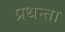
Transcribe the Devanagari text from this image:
प्रथन्ता